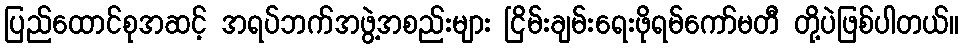
ပြည်ထောင်စုအဆင့် အရပ်ဘက်အဖွဲ့အစည်းများ ငြိမ်းချမ်းရေးဖိုရမ်ကော်မတီ တို့ပဲဖြစ်ပါတယ်။